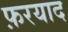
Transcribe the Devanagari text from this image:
फ़रयाद